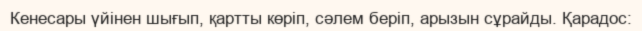
Кенесары үйінен шығып, қартты көріп, сәлем беріп, арызын сұрайды. Қарадос: